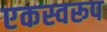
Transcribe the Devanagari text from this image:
एकस्वरूप